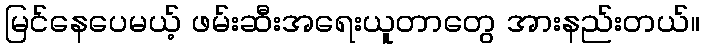
မြင်နေပေမယ့် ဖမ်းဆီးအရေးယူတာတွေ အားနည်းတယ်။